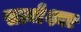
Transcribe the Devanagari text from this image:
साजेश्या